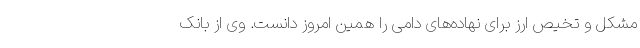
مشکل و تخیص ارز برای نهاده‌های دامی را همین امروز دانست. وی از بانک